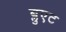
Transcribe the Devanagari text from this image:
ब्लुएट